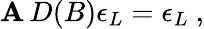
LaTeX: \mathbf{A}\, D(B)\epsilon_{L}=\epsilon_{L}\ ,